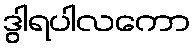
ဒွါရပါလကော